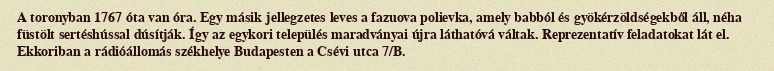
A toronyban 1767 óta van óra. Egy másik jellegzetes leves a fazuova polievka, amely babból és gyökérzöldségekből áll, néha füstölt sertéshússal dúsítják. Így az egykori település maradványai újra láthatóvá váltak. Reprezentatív feladatokat lát el. Ekkoriban a rádióállomás székhelye Budapesten a Csévi utca 7/B.